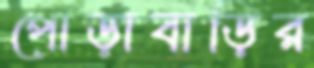
পোড়াবাড়ির